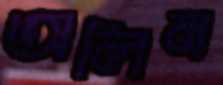
অলিন